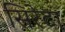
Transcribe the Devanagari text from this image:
सिरेटा